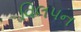
વિલપન